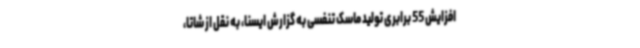
افزایش 55 برابری تولید ماسک تنفسی به گزارش ایسنا، به نقل از شاتا،